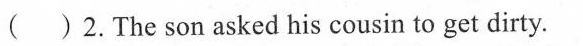
( )2.The son asked his cousin to get dirty. ( )